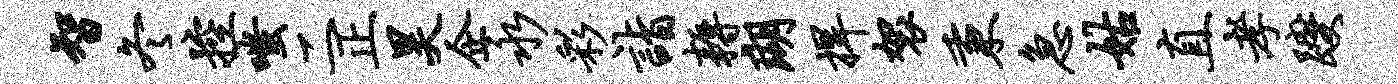
智冬控嗤二正昊企永彩诣耨瑚捍袈秉急姑直孝躞